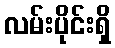
လမ်းပိုင်းရှိ